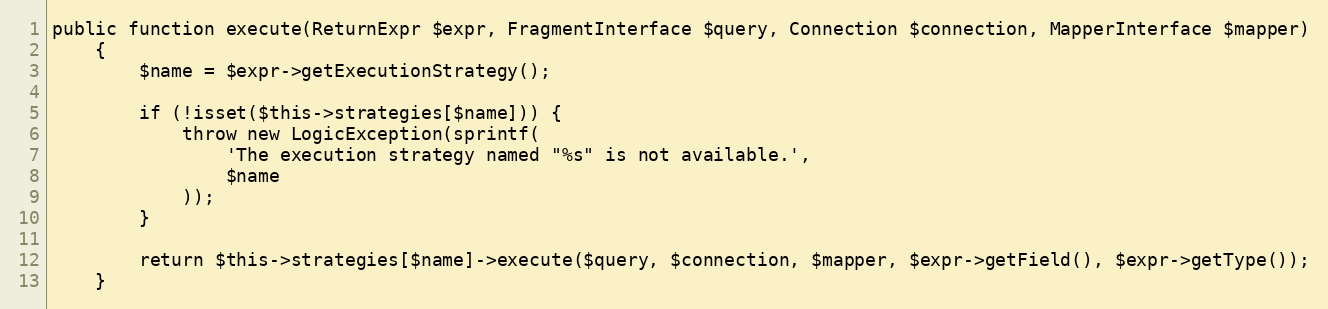
Language: PHP
public function execute(ReturnExpr $expr, FragmentInterface $query, Connection $connection, MapperInterface $mapper)
    {
        $name = $expr->getExecutionStrategy();

        if (!isset($this->strategies[$name])) {
            throw new LogicException(sprintf(
                'The execution strategy named "%s" is not available.',
                $name
            ));
        }

        return $this->strategies[$name]->execute($query, $connection, $mapper, $expr->getField(), $expr->getType());
    }